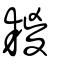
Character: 䎫